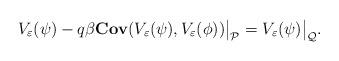
LaTeX: \begin{align*}V_\varepsilon(\psi)-q\beta {\bf Cov}(V_\varepsilon(\psi), V_\varepsilon(\phi))\big|_\mathcal{P} = V_\varepsilon(\psi)\big|_\mathcal{Q}.\end{align*}